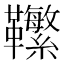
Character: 𩎆